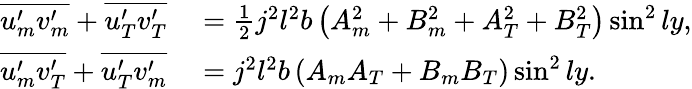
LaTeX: \begin{array}{rl}{\overline{{u_{m}^{\prime}v_{m}^{\prime}}}+\overline{{u_{T}^{\prime}v_{T}^{\prime}}}}&{{}=\frac{1}{2}j^{2}l^{2}b\left({A_{m}^{2}}+{B_{m}^{2}}+{A_{T}^{2}}+{B_{T}^{2}}\right)\sin^{2}ly,}\\ {\overline{{u_{m}^{\prime}v_{T}^{\prime}}}+\overline{{u_{T}^{\prime}v_{m}^{\prime}}}}&{{}=j^{2}l^{2}b\left({A_{m}A_{T}}+{B_{m}B_{T}}\right)\sin^{2}ly.}\end{array}